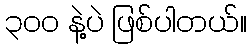
၃၀၀ နဲ့ပဲ ဖြစ်ပါတယ်။